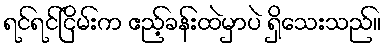
ရင်ရင်ငြိမ်းက ဧည့်ခန်းထဲမှာပဲ ရှိသေးသည်။